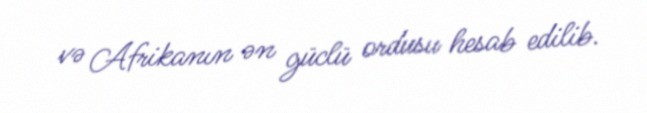
və Afrikanın ən güclü ordusu hesab edilib.